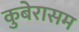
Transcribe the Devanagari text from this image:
कुबेरासम